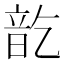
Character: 𮸱